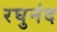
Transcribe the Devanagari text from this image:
रघुनंद